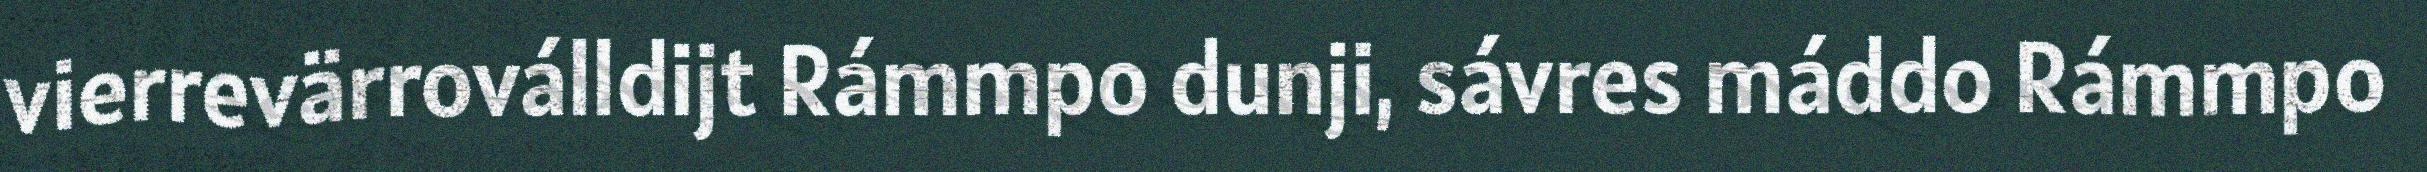
vierrevärroválldijt Rámmpo dunji, sávres máddo Rámmpo